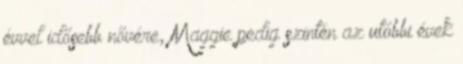
évvel idősebb nővére, Maggie pedig szintén az utóbbi évek